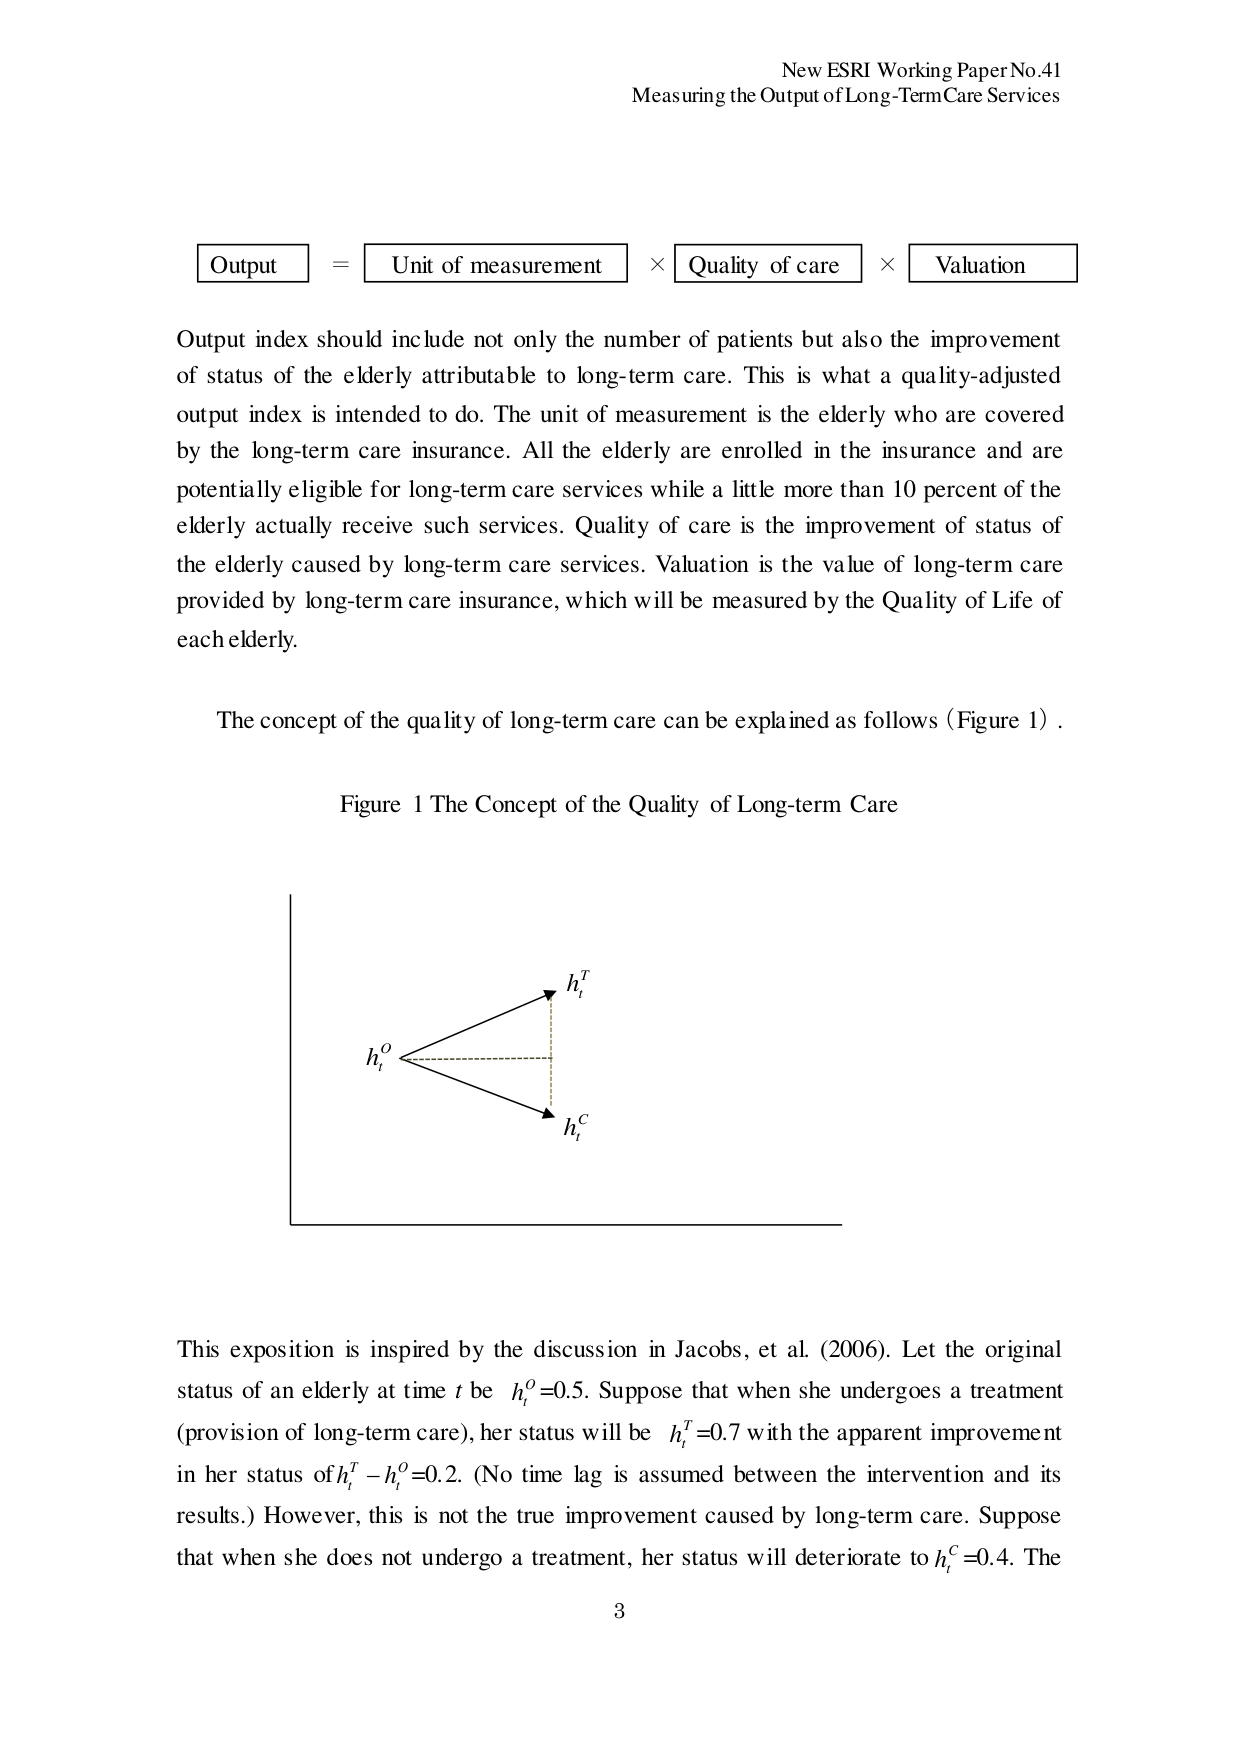
New ESRI Working Paper No.41
Measuring the Output of Long-Term Care Services

Output = Unit of measurement × Quality of care × Valuation

Output index should include not only the number of patients but also the improvement of status of the elderly attributable to long-term care. This is what a quality-adjusted output index is intended to do. The unit of measurement is the elderly who are covered by the long-term care insurance. All the elderly are enrolled in the insurance and are potentially eligible for long-term care services while a little more than 10 percent of the elderly actually receive such services. Quality of care is the improvement of status of the elderly caused by long-term care services. Valuation is the value of long-term care provided by long-term care insurance, which will be measured by the Quality of Life of each elderly.

The concept of the quality of long-term care can be explained as follows (Figure 1).

Figure 1 The Concept of the Quality of Long-term Care

h_t^O
h_t^T
h_t^C

This exposition is inspired by the discussion in Jacobs, et al. (2006). Let the original status of an elderly at time t be h_t^O=0.5. Suppose that when she undergoes a treatment (provision of long-term care), her status will be h_t^T=0.7 with the apparent improvement in her status of h_t^T - h_t^O=0.2. (No time lag is assumed between the intervention and its results.) However, this is not the true improvement caused by long-term care. Suppose that when she does not undergo a treatment, her status will deteriorate to h_t^C=0.4. The

3